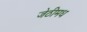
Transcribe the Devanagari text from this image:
जेठीमध